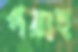
পরাহ